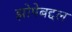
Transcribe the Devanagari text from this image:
झोपेबद्दल